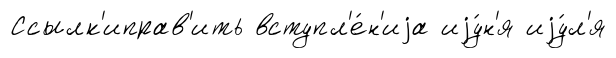
Ссылк'иправ'ить вступл'е́н'иjа иjу́н'я иjу́л'я